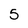
Character: 5